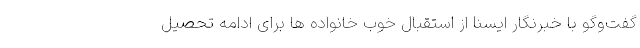
گفت‌وگو با خبرنگار ایسنا از استقبال خوب خانواده ‌ها برای ادامه تحصیل